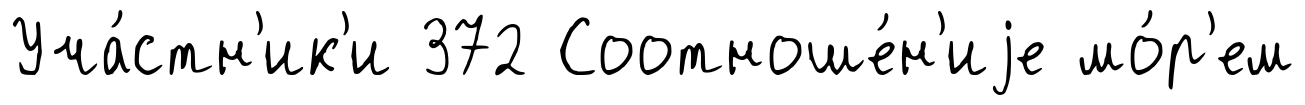
Уча́стн'ик'и 372 Соотноше́н'иjе мо́р'ем